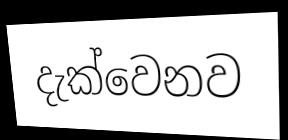
දැක්වෙනව